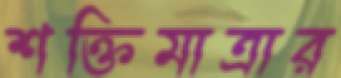
শক্তিমাত্রার